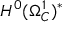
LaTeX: H ^ { 0 } ( \Omega _ { C } ^ { 1 } ) ^ { * }